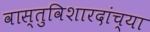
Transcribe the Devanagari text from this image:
वास्तुविशारदांच्या